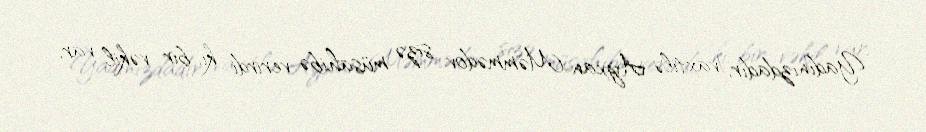
Yadınızdadır, vaxtilə Ayxan Məmmədov sizə müsahibə verirdi ki, bir vəkil var,